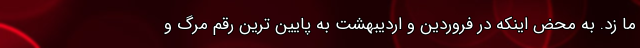
ما زد. به محض اینکه در فروردین و اردیبهشت به پایین ترین رقم مرگ و